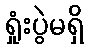
ရှုံးပွဲမရှိ